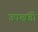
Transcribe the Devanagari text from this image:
उपखंडो